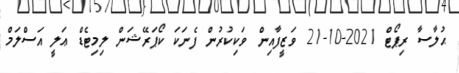
ޙުލާސާ ރިޕޯޓް 2021-10-21 ވަޒީފާއިން ވަކިކުރުން ފެނަކަ ކޯޕަރޭޝަން ލިމިޓެޑް ޢަލީ އަސްލަމް